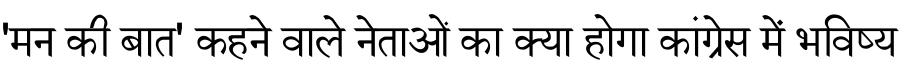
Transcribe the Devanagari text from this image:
'मन की बात' कहने वाले नेताओं का क्या होगा कांग्रेस में भविष्य